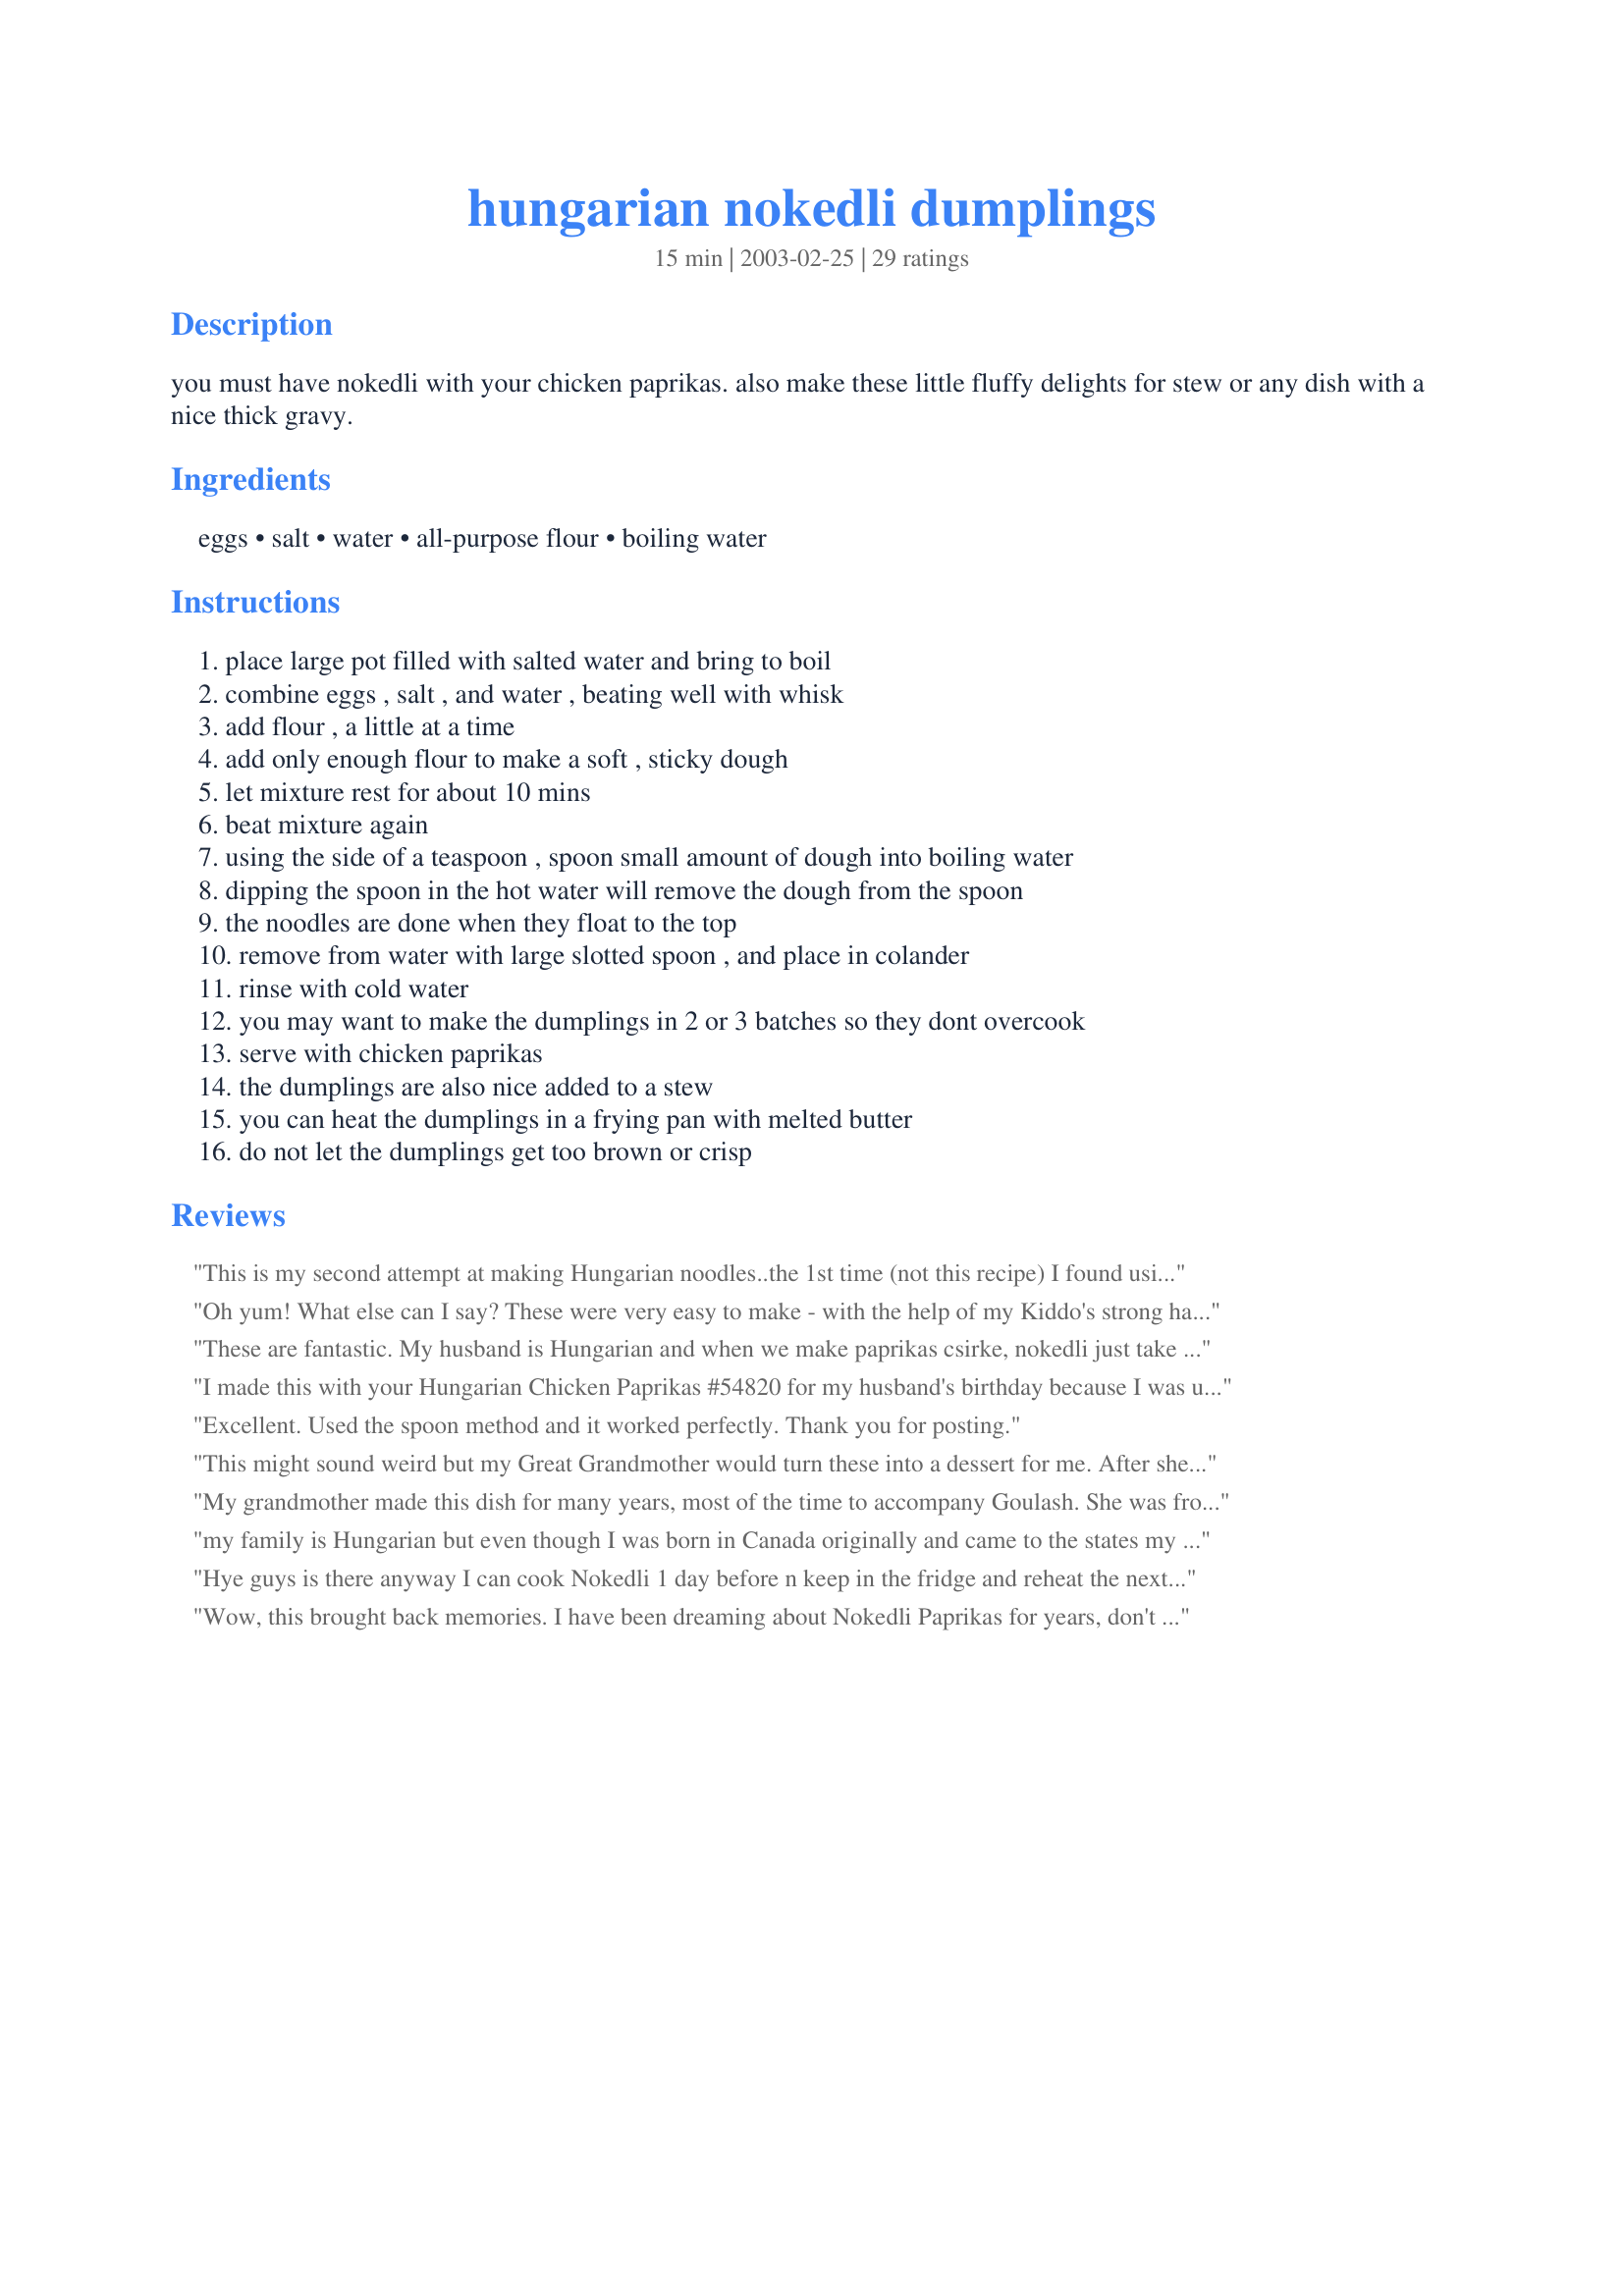
hungarian nokedli dumplings
Preparation time: 15 minutes

you must have nokedli with your chicken paprikas. also make these little fluffy delights for stew or any dish with a nice thick gravy.

Ingredients:
eggs, salt, water, all-purpose flour, boiling water

Steps:
place large pot filled with salted water and bring to boil, combine eggs , salt , and water , beating well with whisk, add flour , a little at a time, add only enough flour to make a soft , sticky dough, let mixture rest for about 10 mins, beat mixture again, using the side of a teaspoon , spoon small amount of dough into boiling water, dipping the spoon in the hot water will remove the dough from the spoon, the noodles are done when they float to the top, remove from water with large slotted spoon , and place in colander, rinse with cold water, you may want to make the dumplings in 2 or 3 batches so they dont overcook, serve with chicken paprikas, the dumplings are also nice added to a stew, you can heat the dumplings in a frying pan with melted butter, do not let the dumplings get too brown or crisp

Reviews:
This is my second attempt at making Hungarian noodles..the 1st time (not this recipe) I found using the spoon process a pain to do and slow since the dough cooks fast in the water.This basic recipe is great and one of the reviewers of this recipe made it even better.They said they used their pasta pot strainer to make these and I have one so I tried it and wow it was quick and easy making a bunch of these delicious noodles in a flash.Much quicker then using a spoon I can tell you that since the strainer and the action of pressing the dough with a spatula acts like a spaetzle press. It pairs great with my porkolt recipe.Thanks for great reviewer idea and to the recipe submitter.
Oh yum! What else can I say? These were very easy to make - with the help of my Kiddo's strong hands stirring the dough. We switched back and forth - one adding four and one stirring. Too bad she wasn't home to eat the the finished product - the Chicken Paprikas! (But I saved her some)
These are fantastic. My husband is Hungarian and when we make paprikas csirke, nokedli just take it to the next level (that and a good uborka salata!)&lt;br/&gt;I use my kitchen aid mixer to make the dough so my arms aren&#039;t dying after a few minutes of mixing by hand.&lt;br/&gt;We have a nokedli maker that my mother in law got for us from Hungary. If you make these with any regularity, I highly suggest getting one! It&#039;s basically a very thin aluminum pan with a long handle and medium sized holes in it. It comes with a little tool for scraping the batter through the holes over the pot of boiling water. It makes things so much easier!&lt;br/&gt;The nokedli float right away, so I cook them for about 3 minutes, then toss them in a bowl with a little butter while they wait for the whole batch to be done. Then we eat them with sauce and chicken on top. Yum!&lt;br/&gt;Thanks for a great recipe.
I made this with your Hungarian Chicken Paprikas #54820 for my husband's birthday because I was under the impression that his mom had always made these with chicken paprikas. Turns out she usually made potatoes and dumplings. He and my daughter both liked it very much. I had halved the recipe because I'd had nokedli in a restaurant and wasn't impressed, but I liked these better. Will make again.
Excellent. Used the spoon method and it worked perfectly. Thank you for posting.
This might sound weird but my Great Grandmother would turn these into a dessert for me. After she had taken them out of the water she would cover them with bread crumbs and give them to us with sugar. My brother and I would eat until we felt like we were going to burst! I've never made them because I never had a recipe so guess what I'm having for dessert this weekend?
My grandmother made this dish for many years, most of the time to accompany Goulash. She was from Czechoslovakia and called this dish another name. Consequently, that left me lost and looking for this dish for MANY years. Yesterday I finally ran across the recipe on your website, and immediately began to prepare the recipe. I made an addition that my grandmother added... that was to add fresh chopped parsley to the dough. I really like the addition for that subtle little &quot;fresh&quot; taste. THANK YOU for sharing this recipe with us all!!!
my family is Hungarian but even though I was born in Canada originally and came to the states my parents always cook this for us since we were little kids and let me tell you this is the perfect cooking recipe. I&#039;ve lost both of my parents and I always try to make as much Hungarian food as possible this is definitely a good recipe to make, brings back wonderful memories.
Hye guys is there anyway I can cook Nokedli 1 day before n keep in the fridge and reheat the next day? Really appreciate if anyone can assist me.??
Wow, this brought back memories. I have been dreaming about Nokedli Paprikas for years, don't know why I didn't even think to make it (it always tastes better when my Mom makes it anyway, you know what I mean). Decided to make this for the first time for a special dinner honoring my Hungarian father, who passed away two years ago. I actually made a double recipe, didn't have any trouble stirring up the batter. I added some paprika to the batter for color, went wonderfully with Deborah's Chicken Paprikas #95515. Thank you so much for resurrecting a wonderful family memory!
Being Hungarian, my mom used to sprinkle them with sugar and cinnamon or poppy seeds as a snack. These are awesome.
I'm not sure I did this right, so I'm not leaving any stars. If I had to leave stars, based on what I produced, I would probably give this 3. They were edible, but... I'm not really sure what these are supposed to be shaped like - I thought the comment to just drop them in from the side of a teaspoon was a little confusing. Mine turned out looking kind of like Japanese gyoza- sort of a cresent moon shape. They were a little gummy for my taste, but maybe I under or overcooked them, I'm really not sure. You said they are fluffy in the description, but that 's not what I got. Nonetheless I served your delicious Hungarian Chicken Paprikas #54820 over these, and it was definitely edible and pretty tasty. I just don't think these worked out right for me. I'd love a little more guidance on how to make them and how the end result should be.
Followed as directed, came out perfectly. I served this with your Hungarian Chicken Paprikas #54820 (Which were fantastic, by the way) Overall a meal that was fabulous, fabulous, fabulous.
This is a fantastic recipe to go with your Hungarian Chicken Paprikash. I used my pasta pot strainer to make them and it worked perfectly. I just used my rubber spatula to "push" through. When they were floating, I removed and then we fried them in a skillet with a bit of butter and then I added some green onions. Mmmmmmm delicious. We plan on making these again. They are a bit of work but so worth it. Thank you for sharing this great recipe with us.
I made these dumplings to serve with Laurie's Haluska - Hungarian Cabbage & Noodles Recipe #139920. We enjoyed them very much, close to the potato dumplings my mom makes.
I am Hungarian and my grandmother taught me how to make nokedli with creamed chicken paprika. Now that I have allergies I cannot have any half &amp; half or sour cream. Does anyone have any idea what else I can use. I already have Gluten free flour but its the dairy I have problems with.
I didn't wait 10 minutes and mix again , I just starting making and they turned out great. I used my giant grill spatula with holes in it as a makeshift spaetzle maker and it worked well, just spooned batter on to it ,held it over the pot and pressed it through with a solid spatula. All done in 10 minutes! Perfect served with AudreyM's chicken with creamy paprika sauce.
Very easy to make and much less labour-intensive than my usual potato dumplings! I served these with Deborah's Chicken Paprikas and my husband totally raved over the meal. He has requested them the next time I make Hungarian goulash. Thanks for sharing this recipe!
Easy to make. I broke my spaetzle press last year, so I used a potato ricer to make these. It worked out OK. I'm uploading a picture, and I hope it is what these are supposed to look like....even if I don't have the 'look' quite right, they tasted very good. I served these with Vegetable Paprikash (#140639).
I have made these for for years, my Mom is Hungarian so I grew up with this as well as all other things Hungarian. I too have a Nokedli maker from Hungary but sometimes I just put the dough on a flat plat and quickly cut pieces into the boiling water or soups. My mom used to make dumplings for soups and she added raw chicken liver ( minced) and parsley to the dough. Also very tasty.
Just like my mother makes! Goes great with a paprikash mushroom cream sauce
This was exactly what I was looking for when I typed in Hungarian dumplings. My friend from Hungry has made them for me several times and I loved them. The same goes for this recipe. It was so easy to make. I don't know what a spaetzel maker is, but my friend uses a flat metal cheese grater and lays it over the top of the boiling water. She drops the dough on it and rubs it through the holes. Today we served a homemade chicken gravy over the top. Yum!
It was very simple to make. Just
drop dough into boiling water using
2 teaspoons, and break off little pieces. EXCELLENT with Authentic
Hungarian Goulash by sugarpea.
I haven't made these yet, but I like the looks of the recipe. The Hungarian lady who taught me about paprikash made the dough, then used a grater to make the dough into &quot;crumbs&quot;. They took 2-3 days to dry out, flipping them over a couple of times a day so they didn't mold. After that we put them in air-tight containers and when we wanted our Hungarian Chicken Paprikash with noodles, all we had to do was pour the dried noodles into boiling water and then fry with butter. It's nice having them stored to use whenever and whatever amount you want.
Turned out really well! I took the dough and placed it on a cheese grate that fit across my pot of boiling water and squished the dough through to form the little guys. I was pleasantly surprised on my first try.
for a twist try grating some fresh nutmeg into the dough, mmm it is SOOO good. saute in butter after... TO DIE FOR. great recipe. also, if you make the dough a little thicker you can lay it on a WELL FLOURED board and holding the board over the pot of boiling water, use a SHARP FLOURED knife to cut shoestrings into the water. yummmmy.
I love nokedli, but its been awhile since I made, so I used your basic ingredients with just a slight deviation..... instead of water in the noodles, I used what Grandma always did BEER! It makes them a little &quot;fluffier&quot;.
These are so easy to make and taste so good. I used my spaetzle maker instead of spoons and it went quicker. I made a double patch to along with our pork and sauerkraut dinner. Very good just like grandma use to make!
Must make this... my chicken paprik&aacute;s is not the same without nokedli!!!!!!!!!&lt;br/&gt;Thank you for sharing!! :)
